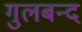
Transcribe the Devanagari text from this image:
गुलबन्द